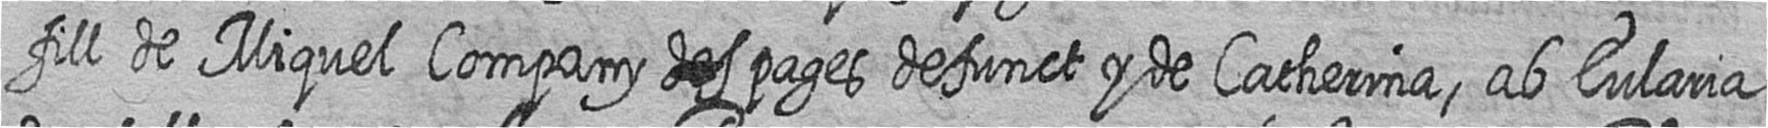
fill de Miquel Company # pages defunct y de Catherina ab Eularia